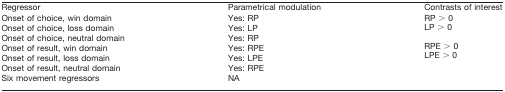
<table><thead><tr><td><b>Regressor</b></td><td><b>Parametrical modulation</b></td><td><b>Contrasts of interest</b></td></tr></thead><tbody><tr><td>Onset of choice, win domain</td><td>Yes: RP</td><td>RP &gt; 0</td></tr><tr><td>Onset of choice, loss domain</td><td>Yes: LP</td><td>LP &gt; 0</td></tr><tr><td>Onset of choice, neutral domain</td><td>Yes: RP</td><td></td></tr><tr><td>Onset of result, win domain</td><td>Yes: RPE</td><td>RPE &gt; 0</td></tr><tr><td>Onset of result, loss domain</td><td>Yes: LPE</td><td>LPE &gt; 0</td></tr><tr><td>Onset of result, neutral domain</td><td>Yes: RPE</td><td></td></tr><tr><td>Six movement regressors</td><td>NA</td><td></td></tr></tbody></table>